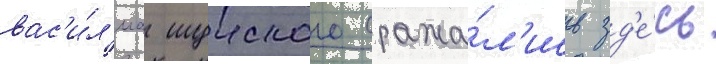
вас'и́л'иа шуиского сража́л'ись зд'е́сь